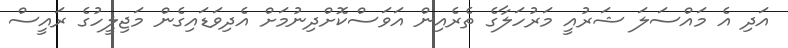
އަދި އެ މައްސަލަ ޝަރުއީ މަރުހަލާގެ ތެރެއިން އަވަސްކޮށްދިނުމަށް އެދިވަޑައިގެން މަޖިލީހުގެ ރައީސް